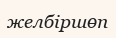
желбіршөп